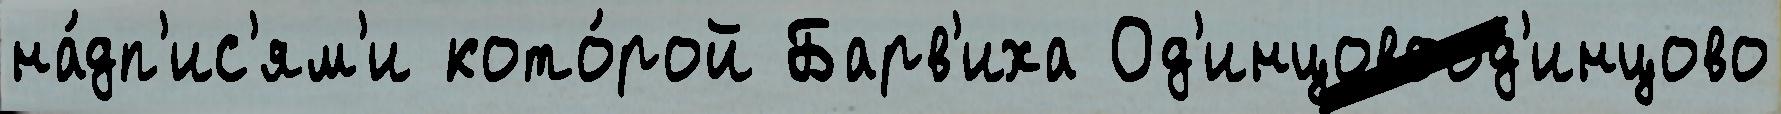
на́дп'ис'ям'и кото́рой Барв'иха Од'инцовоод'инцово